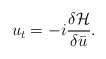
\begin{align*} u_t = -i \frac{\delta \mathcal{H}}{\delta \bar u}.\end{align*}